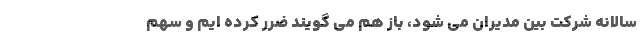
سالانه شرکت بین مدیران می شود، باز هم می گویند ضرر کرده ایم و سهم